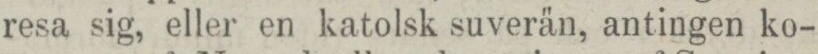
resa sig, eller en katolsk suverän, antingen ko-